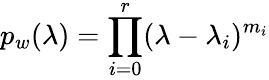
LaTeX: p_{w}(\lambda)=\prod_{i=0}^{r}(\lambda-\lambda_{i})^{m_{i}}